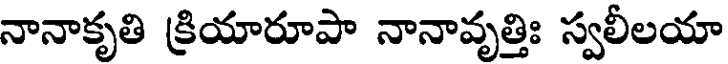
నానాకృతి క్రియారూపా నానావృత్తిః స్వలీలయా